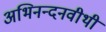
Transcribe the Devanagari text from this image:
अभिनन्दनवीथी